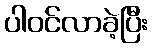
ပါဝင်လာခဲ့ပြီး